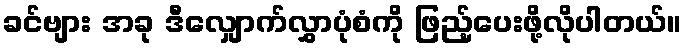
ခင်ဗျား အခု ဒီလျှောက်လွှာပုံစံကို ဖြည့်ပေးဖို့လိုပါတယ်။